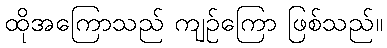
ထိုအကြောသည် ကျဉ်ကြော ဖြစ်သည်။